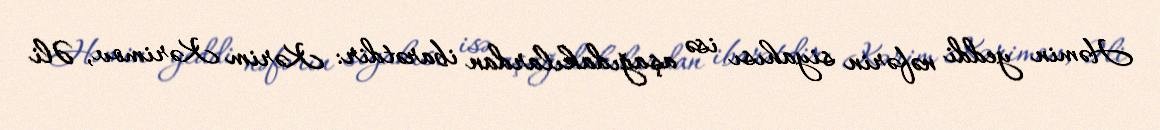
Həmin yeddi nəfərin siyahısı isə aşağıdakılardan ibarətdir: Kərim Kərimov, Əli